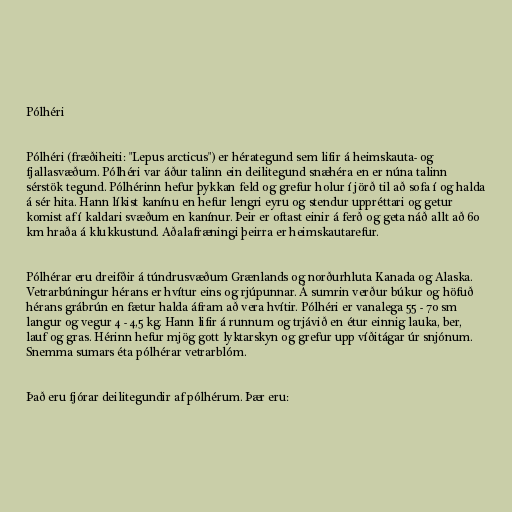
Pólhéri

Pólhéri (fræðiheiti: "Lepus arcticus") er hérategund sem lifir á heimskauta- og
fjallasvæðum. Pólhéri var áður talinn ein deilitegund snæhéra en er núna talinn
sérstök tegund. Pólhérinn hefur þykkan feld og grefur holur í jörð til að sofa í og halda
á sér hita. Hann líkist kanínu en hefur lengri eyru og stendur uppréttari og getur
komist af í kaldari svæðum en kanínur. Þeir er oftast einir á ferð og geta náð allt að 60
km hraða á klukkustund. Aðalafræningi þeirra er heimskautarefur.

Pólhérar eru dreifðir á túndrusvæðum Grænlands og norðurhluta Kanada og Alaska.
Vetrarbúningur hérans er hvítur eins og rjúpunnar. Á sumrin verður búkur og höfuð
hérans grábrún en fætur halda áfram að vera hvítir. Pólhéri er vanalega 55 - 70 sm
langur og vegur 4 - 4,5 kg. Hann lifir á runnum og trjávið en étur einnig lauka, ber,
lauf og gras. Hérinn hefur mjög gott lyktarskyn og grefur upp víðitágar úr snjónum.
Snemma sumars éta pólhérar vetrarblóm.

Það eru fjórar deilitegundir af pólhérum. Þær eru: